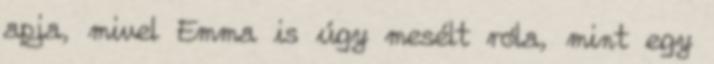
apja, mivel Emma is úgy mesélt róla, mint egy